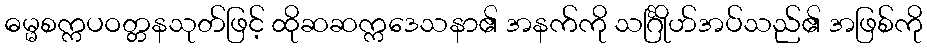
ဓမ္မစက္ကပဝတ္တနသုတ်ဖြင့် ထိုဆဆက္ကဒေသနာ၏ အနက်ကို သင်္ဂြိုဟ်အပ်သည်၏ အဖြစ်ကို